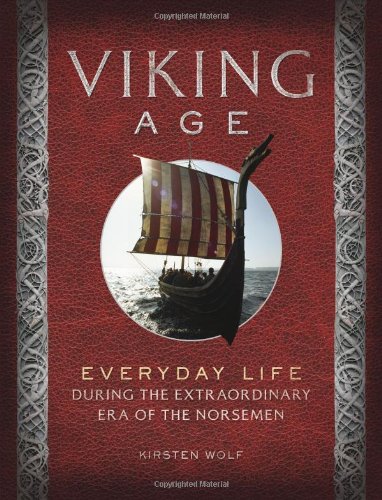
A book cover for Viking Age: Everyday Life During the Extraordinary Era of the Norsemen; Kirsten Wolf; History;